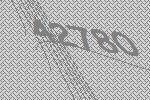
42780